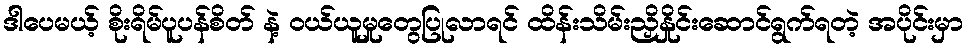
ဒါပေမယ့် စိုးရိမ်ပူပန်စိတ် နဲ့ ဝယ်ယူမှုတွေပြုလာရင် ထိန်းသိမ်းညှိနှိုင်းဆောင်ရွက်ရတဲ့ အပိုင်းမှာ